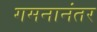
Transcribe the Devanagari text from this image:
गमनानंतर